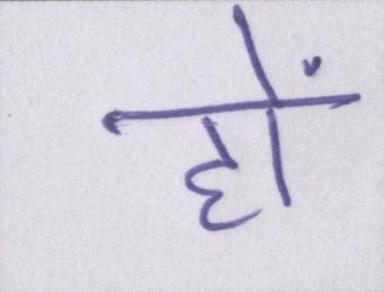
हों